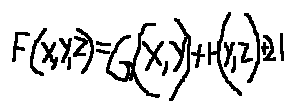
F ( x , y , z ) = G ( x , y ) + H ( y , z ) + 2 1